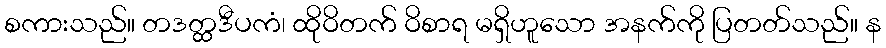
စကားသည်။ တဒတ္ထဒီပကံ၊ ထိုဝိတက် ဝိစာရ မရှိဟူသော အနက်ကို ပြတတ်သည်။ န